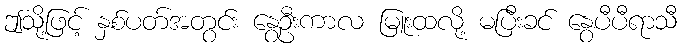
ဤသို့ဖြင့် နှစ်ပတ်အတွင်း နွေဦးကာလ မြူးထလို့ မပြီးခင် နွေပီပီရာသီ